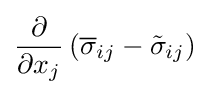
{\frac {\partial }{\partial x_{j}}}\left({\overline {\sigma }}_{ij}-{\tilde {\sigma }}_{ij}\right)